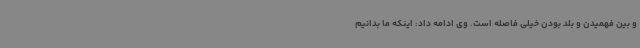
و بین فهمیدن و بلد بودن خیلی فاصله است. وی ادامه داد: اینکه ما بدانیم